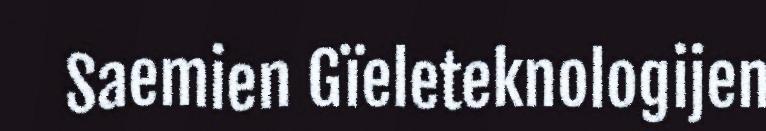
Saemien Gïeleteknologijen